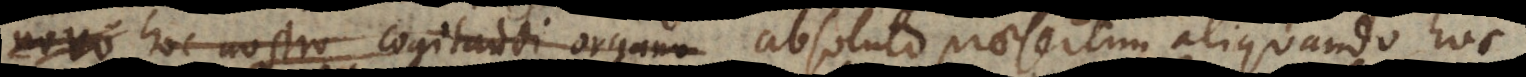
novo hoc nostro cogitandi organo absoluto praesertim aliquando hoc